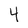
Character: 4